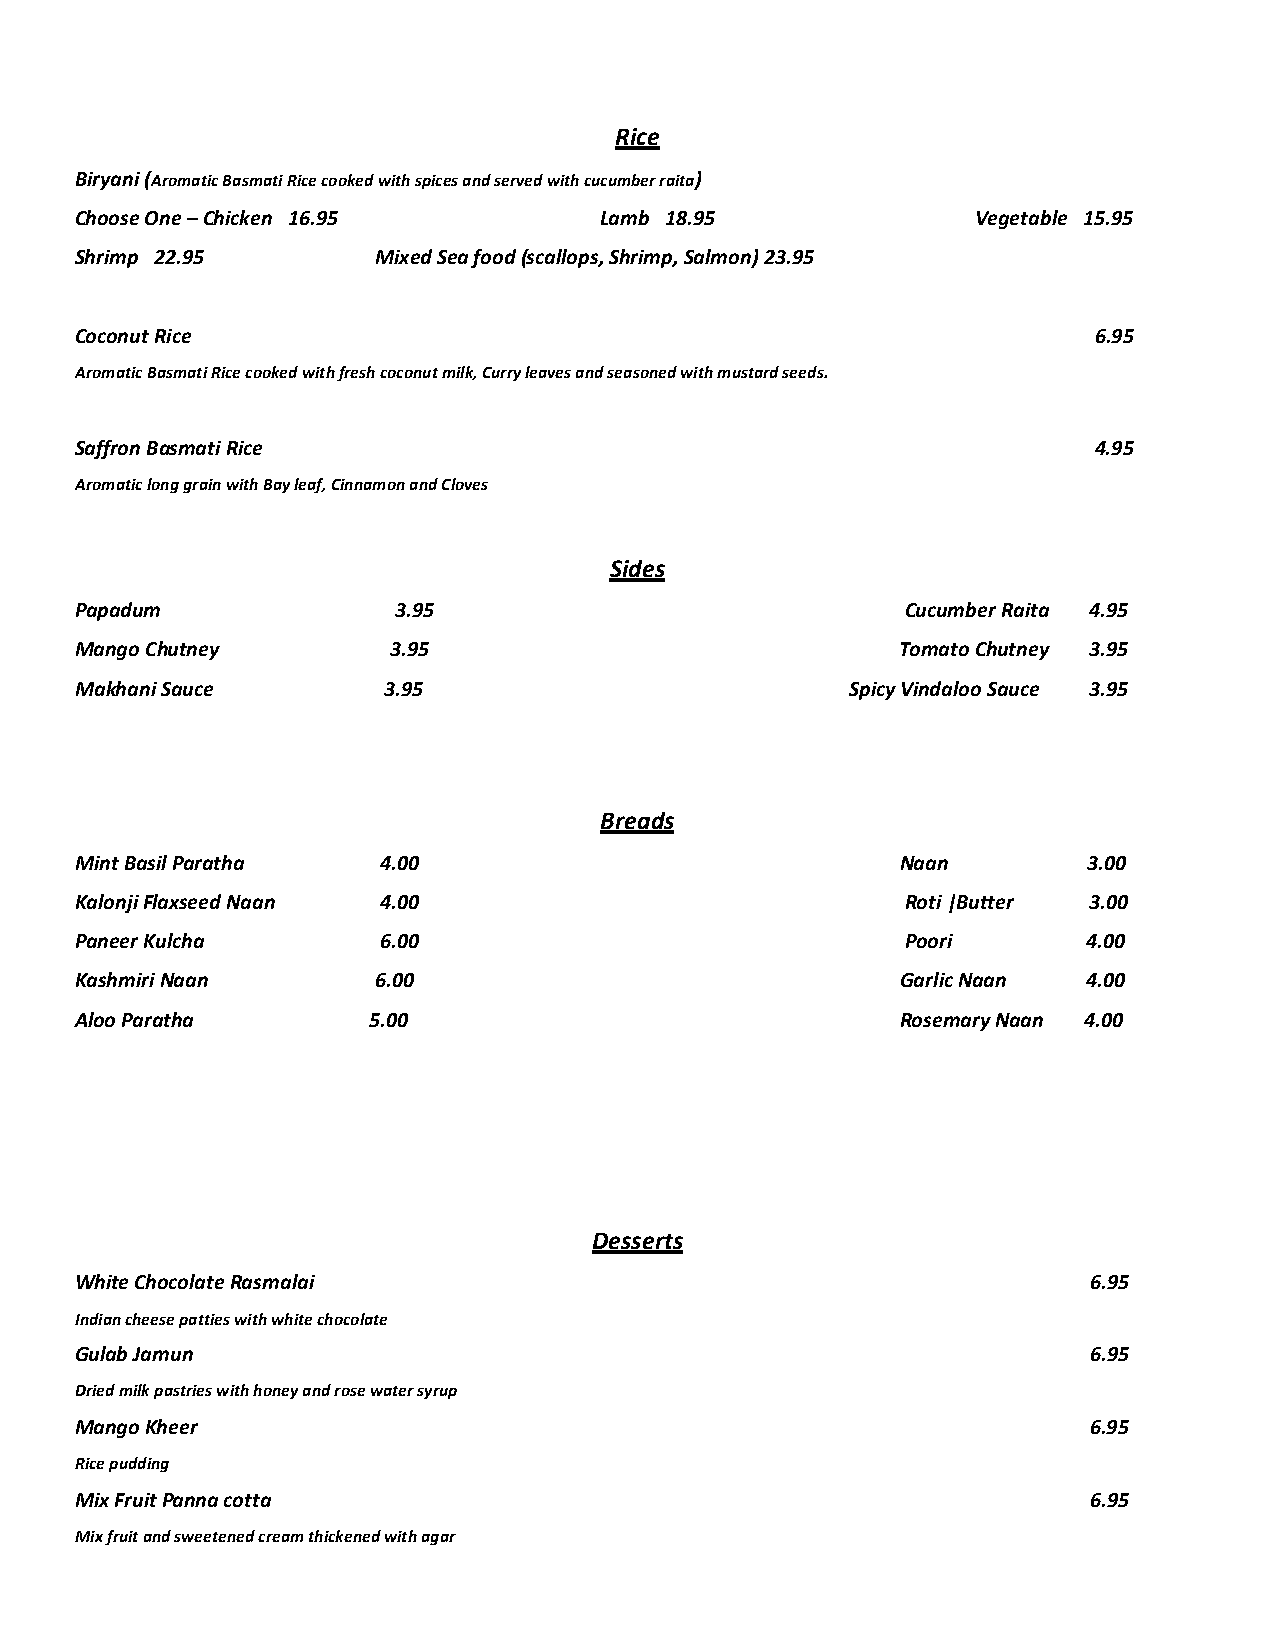
Rice
 Biryani (Aromatic Basmati Rice cooked with spices and served with cucumber raita)
 Choose One – Chicken 16.95         Lamb 18.95               Vegetable 15.95
 Shrimp 22.95        Mixed Sea food (scallops, Shrimp, Salmon) 23.95
 Coconut Rice                                                       6.95
 Aromatic Basmati Rice cooked with fresh coconut milk, Curry leaves and seasoned with mustard seeds.
 Saffron Basmati Rice                                               4.95
 Aromatic long grain with Bay leaf, Cinnamon and Cloves
 Sides
 Papadum              3.95                              Cucumber Raita 4.95
 Mango Chutney        3.95                              Tomato Chutney 3.95
 Makhani Sauce       3.95                           Spicy Vindaloo Sauce 3.95
 Breads
 Mint Basil Paratha  4.00                               Naan        3.00
 Kalonji Flaxseed Naan 4.00                             Roti |Butter 3.00
 Paneer Kulcha       6.00                               Poori       4.00
 Kashmiri Naan       6.00                               Garlic Naan 4.00
 Aloo Paratha       5.00                                Rosemary Naan 4.00
 Desserts
 White Chocolate Rasmalai                                           6.95
 Indian cheese patties with white chocolate
 Gulab Jamun                                                        6.95
 Dried milk pastries with honey and rose water syrup
 Mango Kheer                                                        6.95
 Rice pudding
 Mix Fruit Panna cotta                                              6.95
 Mix fruit and sweetened cream thickened with agar